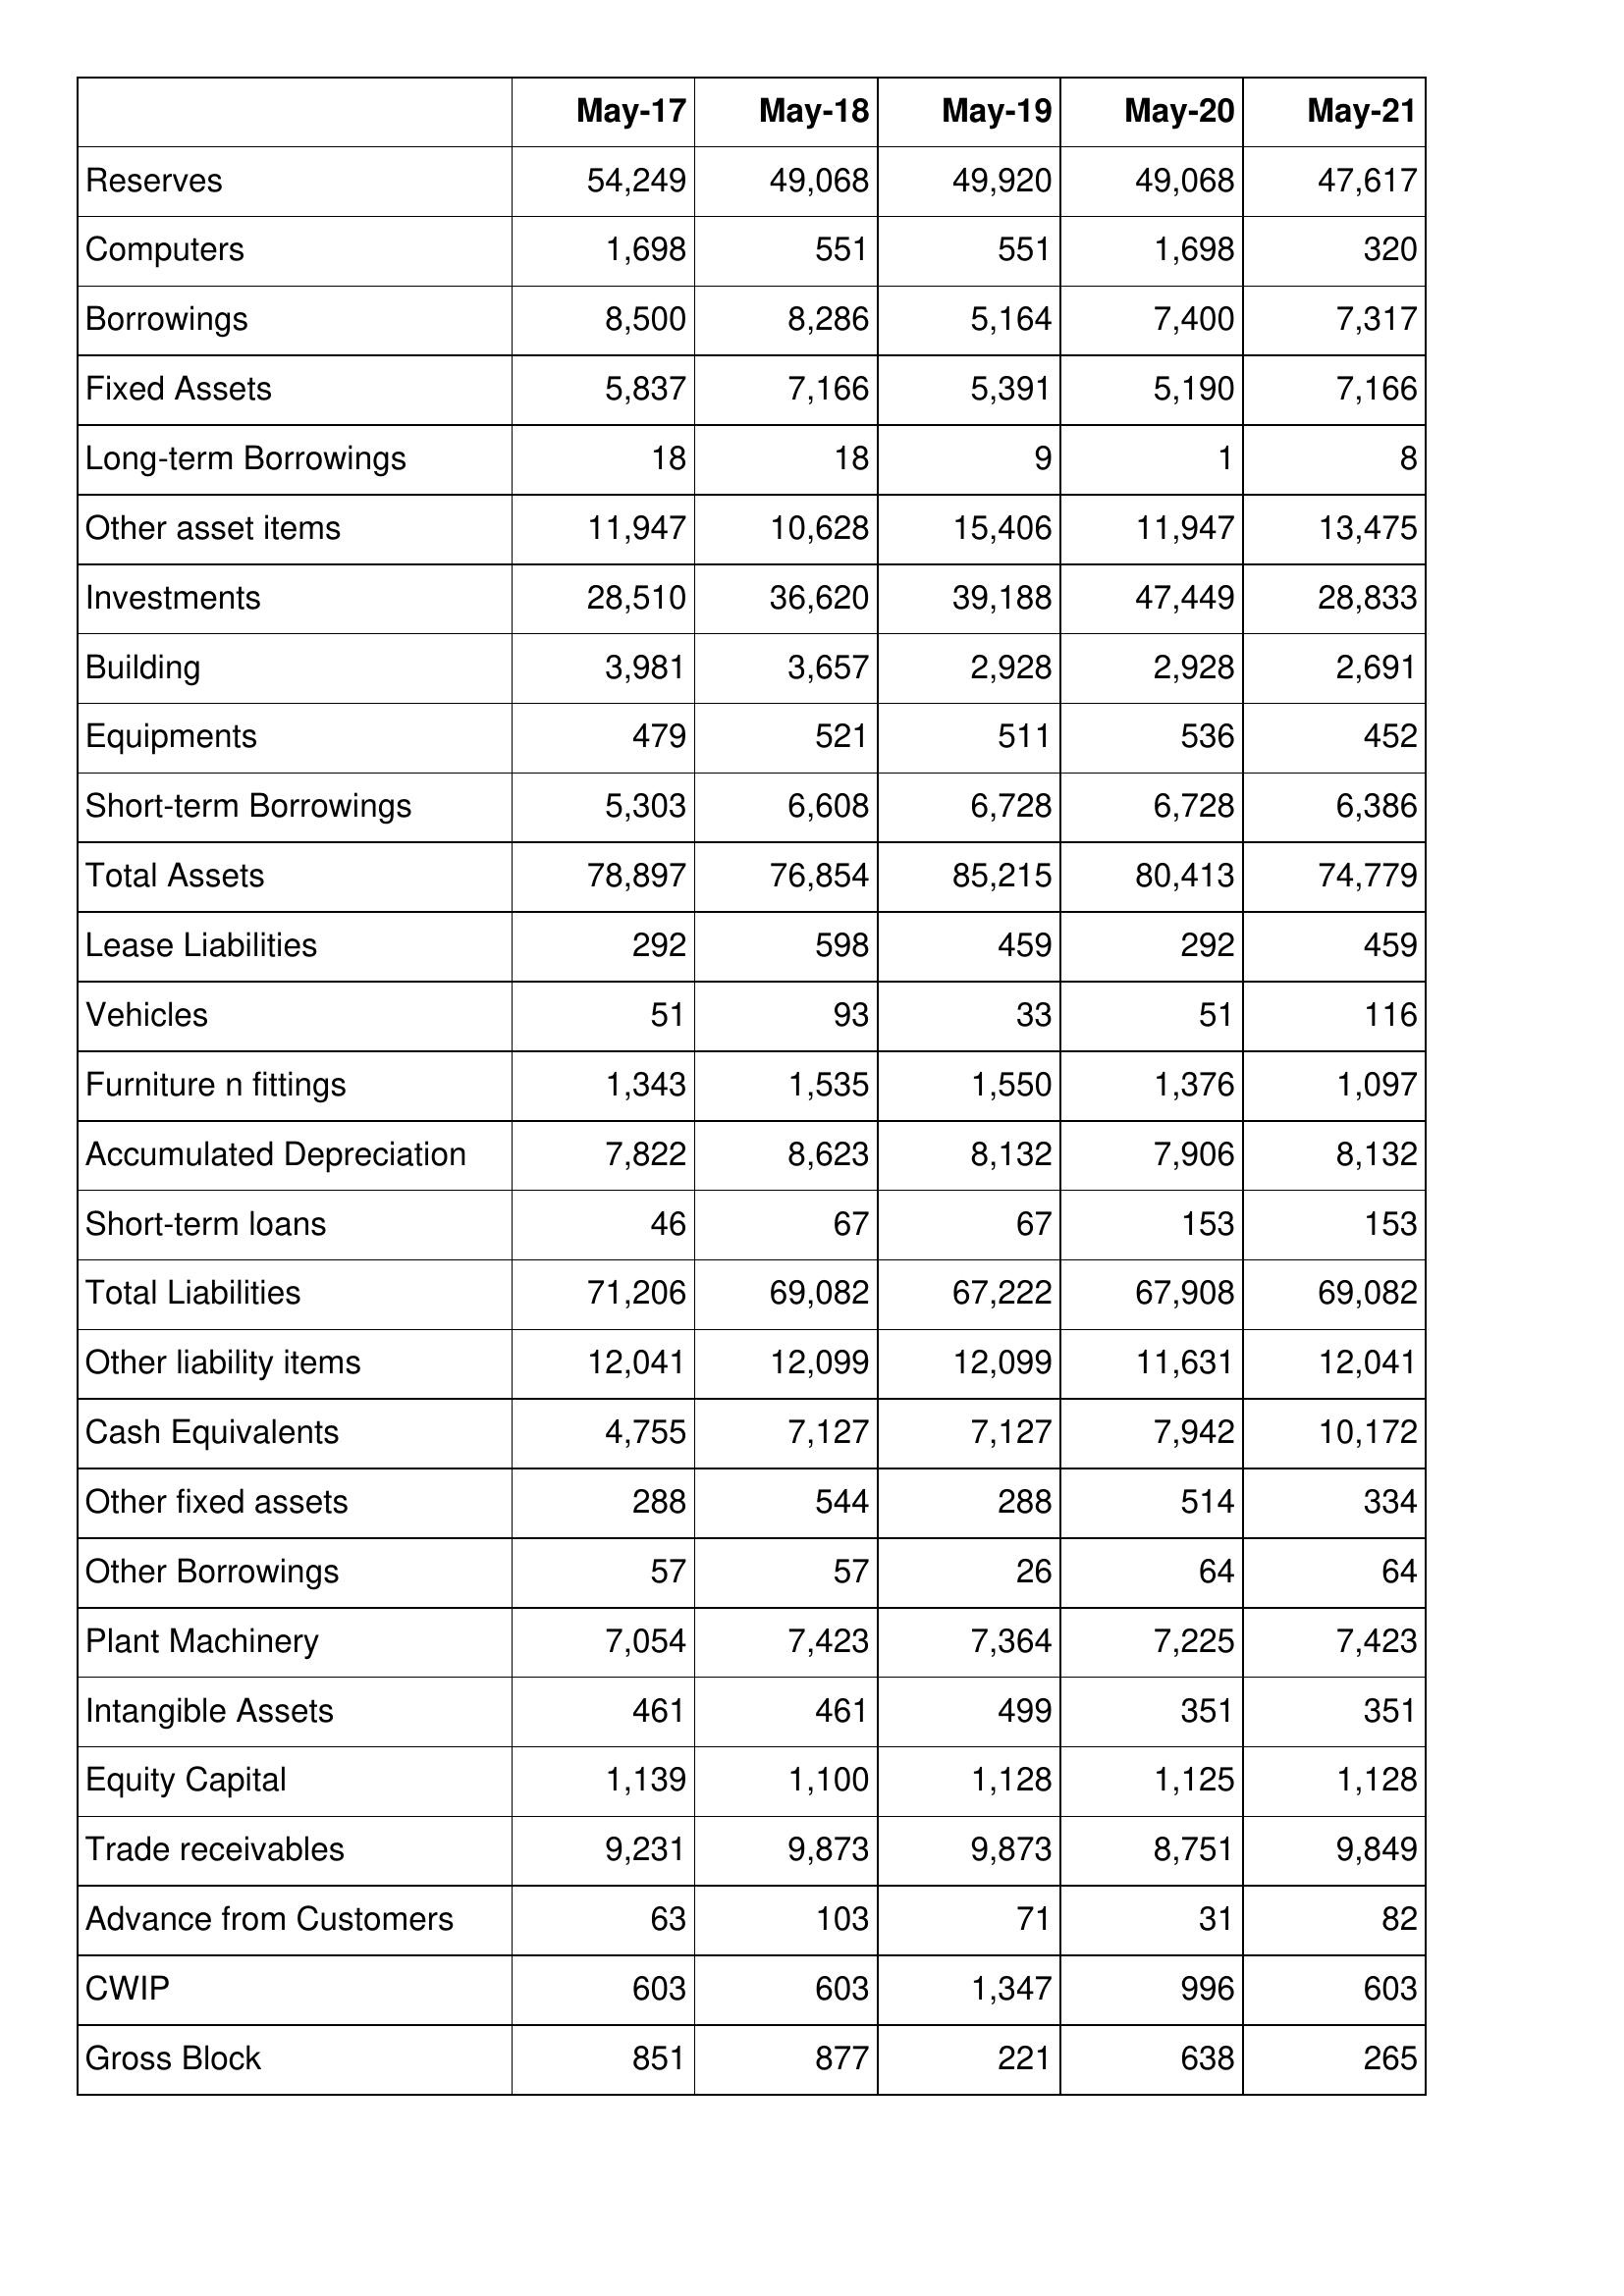
May-17: Balance Sheet: Reserves: 54,249
Computers: 1,698
Borrowings: 8,500
Fixed Assets: 5,837
Long-term Borrowings: 18
Other asset items: 11,947
Investments: 28,510
Building: 3,981
Equipments: 479
Short-term Borrowings: 5,303
Total Assets: 78,897
Lease Liabilities: 292
Vehicles: 51
Furniture n fittings: 1,343
Accumulated Depreciation: 7,822
Short-term loans: 46
Total Liabilities: 71,206
Other liability items: 12,041
Cash Equivalents: 4,755
Other fixed assets: 288
Other Borrowings: 57
Plant Machinery: 7,054
Intangible Assets: 461
Equity Capital: 1,139
Trade receivables: 9,231
Advance from Customers: 63
CWIP: 603
Gross Block: 851
May-18: Balance Sheet: Reserves: 49,068
Computers: 551
Borrowings: 8,286
Fixed Assets: 7,166
Long-term Borrowings: 18
Other asset items: 10,628
Investments: 36,620
Building: 3,657
Equipments: 521
Short-term Borrowings: 6,608
Total Assets: 76,854
Lease Liabilities: 598
Vehicles: 93
Furniture n fittings: 1,535
Accumulated Depreciation: 8,623
Short-term loans: 67
Total Liabilities: 69,082
Other liability items: 12,099
Cash Equivalents: 7,127
Other fixed assets: 544
Other Borrowings: 57
Plant Machinery: 7,423
Intangible Assets: 461
Equity Capital: 1,100
Trade receivables: 9,873
Advance from Customers: 103
CWIP: 603
Gross Block: 877
May-19: Balance Sheet: Reserves: 49,920
Computers: 551
Borrowings: 5,164
Fixed Assets: 5,391
Long-term Borrowings: 9
Other asset items: 15,406
Investments: 39,188
Building: 2,928
Equipments: 511
Short-term Borrowings: 6,728
Total Assets: 85,215
Lease Liabilities: 459
Vehicles: 33
Furniture n fittings: 1,550
Accumulated Depreciation: 8,132
Short-term loans: 67
Total Liabilities: 67,222
Other liability items: 12,099
Cash Equivalents: 7,127
Other fixed assets: 288
Other Borrowings: 26
Plant Machinery: 7,364
Intangible Assets: 499
Equity Capital: 1,128
Trade receivables: 9,873
Advance from Customers: 71
CWIP: 1,347
Gross Block: 221
May-20: Balance Sheet: Reserves: 49,068
Computers: 1,698
Borrowings: 7,400
Fixed Assets: 5,190
Long-term Borrowings: 1
Other asset items: 11,947
Investments: 47,449
Building: 2,928
Equipments: 536
Short-term Borrowings: 6,728
Total Assets: 80,413
Lease Liabilities: 292
Vehicles: 51
Furniture n fittings: 1,376
Accumulated Depreciation: 7,906
Short-term loans: 153
Total Liabilities: 67,908
Other liability items: 11,631
Cash Equivalents: 7,942
Other fixed assets: 514
Other Borrowings: 64
Plant Machinery: 7,225
Intangible Assets: 351
Equity Capital: 1,125
Trade receivables: 8,751
Advance from Customers: 31
CWIP: 996
Gross Block: 638
May-21: Balance Sheet: Reserves: 47,617
Computers: 320
Borrowings: 7,317
Fixed Assets: 7,166
Long-term Borrowings: 8
Other asset items: 13,475
Investments: 28,833
Building: 2,691
Equipments: 452
Short-term Borrowings: 6,386
Total Assets: 74,779
Lease Liabilities: 459
Vehicles: 116
Furniture n fittings: 1,097
Accumulated Depreciation: 8,132
Short-term loans: 153
Total Liabilities: 69,082
Other liability items: 12,041
Cash Equivalents: 10,172
Other fixed assets: 334
Other Borrowings: 64
Plant Machinery: 7,423
Intangible Assets: 351
Equity Capital: 1,128
Trade receivables: 9,849
Advance from Customers: 82
CWIP: 603
Gross Block: 265